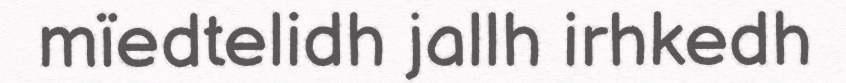
mïedtelidh jallh irhkedh